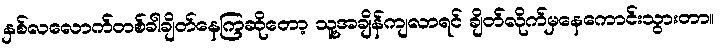
နှစ်လလောက်တစ်ခါချိတ်နေကြဆိုတော့ သူ့အချိန်ကျလာရင် ချိတ်လိုက်မှနေကောင်းသွားတာ။